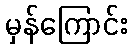
မှန်ကြောင်း